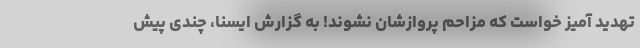
تهدید آمیز خواست که مزاحم پروازشان نشوند! به گزارش ایسنا، چندی پیش